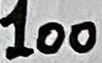
Text: 100